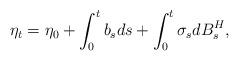
LaTeX: \begin{align*}\eta_{t} = \eta_{0} + \int_0^t b_{s} ds + \int_0^t \sigma_{s} dB_{s}^{H},\end{align*}